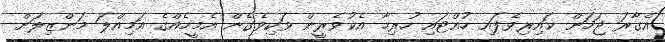
އެގާރަ ޖަހަން ކައިރިވެފައި ހުއްޓައި ހުރިހާ އެކުވެރީން ވަކިވެގެން އެމީހެއްގެ އަމިއްލަ މަންޒިލަށް